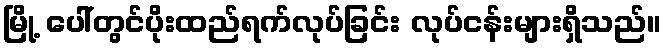
မြို့ ပေါ်တွင်ပိုးထည်ရက်လုပ်ခြင်း လုပ်ငန်းများရှိသည်။